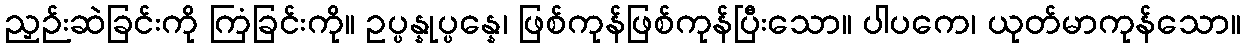
ညှဉ်းဆဲခြင်းကို ကြံခြင်းကို။ ဥပ္ပန္နုပ္ပန္နေ၊ ဖြစ်ကုန်ဖြစ်ကုန်ပြီးသော။ ပါပကေ၊ ယုတ်မာကုန်သော။